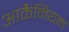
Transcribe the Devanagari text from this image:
आर्कैनियम